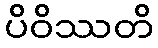
ပိဝိဿတိ